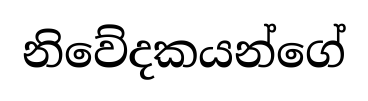
නිවේදකයන්ගේ